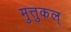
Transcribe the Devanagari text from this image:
मुत्तुकल्